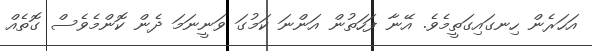
އަހަރެން ހިނގައިގަތީމެވެ. އޭނާ ފަހަތުން އަންނަ ކަމުގަ ވަނީނަމަ ދެން ކޮންމެވެސް ގޮތެއް